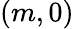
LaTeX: (m,0)